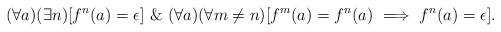
LaTeX: \begin{align*}(\forall a)(\exists n)[ f^n(a) = \epsilon]\ \&\ (\forall a)(\forall m \neq n)[f^m(a) = f^n(a) \ \Longrightarrow\ f^n(a) = \epsilon].\end{align*}